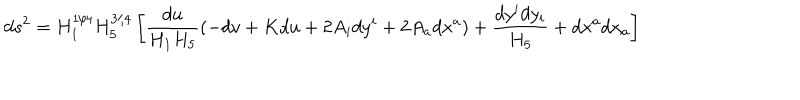
d s ^ { 2 } = H _ { 1 } ^ { 1 / 4 } H _ { 5 } ^ { 3 / 4 } \left[ { \frac { d u } { H _ { 1 } H _ { 5 } } } ( - d v + K d u + 2 A _ { i } d y ^ { i } + 2 A _ { a } d x ^ { a } ) + { \frac { d y ^ { i } d y _ { i } } { H _ { 5 } } } + d x ^ { a } d x _ { a } \right]